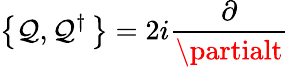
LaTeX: \left\{ \mathcal{Q},\mathcal{Q}^{\dagger}\, \right\} =2i{\frac{{\partial}}{{\partialt}}}